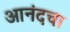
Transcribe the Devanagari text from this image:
आनंदचा